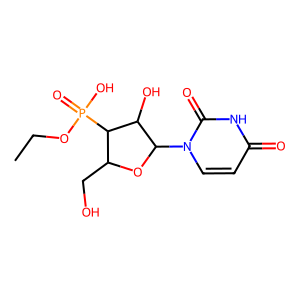
SMILES: CCOP(=O)(O)C1C(CO)OC(n2ccc(=O)[nH]c2=O)C1O
Inhibits HIV replication: No